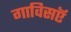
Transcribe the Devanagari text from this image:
गाविसऍ